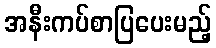
အနီးကပ်စာပြပေးမည့်